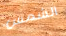
الشمس